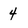
Character: 4